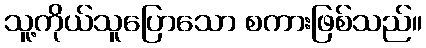
သူ့ကိုယ်သူပြောသော စကားဖြစ်သည်။